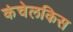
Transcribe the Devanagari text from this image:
कंचेलकिस